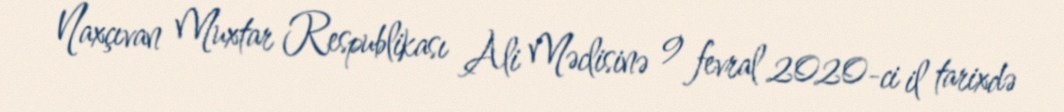
Naxçıvan Muxtar Respublikası Ali Məclisinə 9 fevral 2020-ci il tarixdə